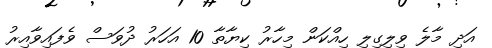
އަދި މާލެ ވިލިގިލި ހިއްކަން މިހާރު ކިޔާާތާ 10 އަހަރު ދުވަސް ވެފައިވާއިރު